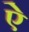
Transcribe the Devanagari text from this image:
एे